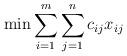
LaTeX: \begin{align*}\min \sum_{i=1}^m\sum_{j=1}^nc_{ij}x_{ij}\end{align*}